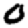
Digit: 0